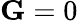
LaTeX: \mathbf{G}=0